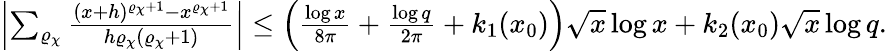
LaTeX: \begin{array}{r}{\left|\sum_{\varrho_{\chi}}\frac{(x+h)^{\varrho_{\chi}+1}-x^{\varrho_{\chi}+1}}{h\varrho_{\chi}(\varrho_{\chi}+1)}\right|\leq\left(\frac{\log{x}}{8\pi}+\frac{\log{q}}{2\pi}+k_{1}(x_{0})\right)\sqrt{x}\log{x}+k_{2}(x_{0})\sqrt{x}\log{q}.}\end{array}